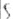
Text: S